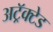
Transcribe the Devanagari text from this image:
अट्रॅक्टेड